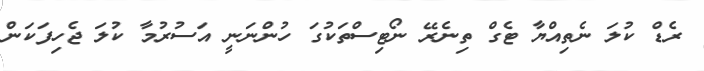
ރެޑް ކުލަ ނެތިއްޔާ ޓެގް ތިނެރޭ ނޯޓިސްތަކުގަ ހުންނަނީ އަސުރުމާ ކުލަ ޖެހިފަކަން